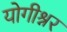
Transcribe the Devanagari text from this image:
योगीश्नर